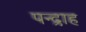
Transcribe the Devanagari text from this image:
पन्द्राह